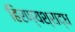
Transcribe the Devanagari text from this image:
हिरण्यश्राद्ध